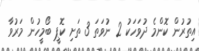
އިތުރުން ކޮންމެ ދުވަހަކު 2 ނުވަތަ 3 ތަށި ކޮޕީ ބޯމީހުން މަރުވާ